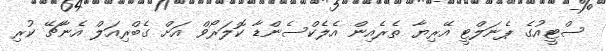
ސްޓީއުގެ ޕެނަލްޓީ އޭރިޔާ ތެރެއިން އެލެކްސެންޑާ ކޮލަރޯވް އަށް ގެބްރިއަލް އެނާޗޭ ކުރި